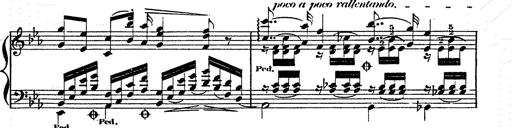
Title: Franz Schuberts geistliche Lieder
Composer: Franz Liszt